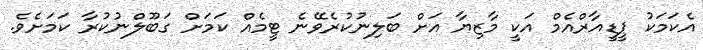
އެކަމަކު ޕީޑީއާރްއެމް އަކީ މާޒިޔާ އަށް ބަލިނުކުރެވޭނެ ޓީމެއް ކަމަށް ގަބޫލްނުކުރާ ކަމަށެވެ.